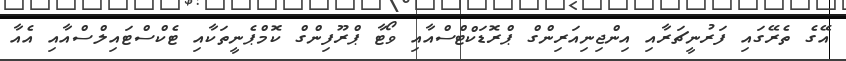
އޭގެ ތެރޭގައި ފަރުނީޗަރާއި އިންޖިނިއަރިންގް ޕްރޮޑަކްޓްސްއާއި ވޯޓާ ޕްރޫފިންގް ކޮމްޕެނީތަކާއި ޓެކްސްޓައިލްސްއާއި އެއާ